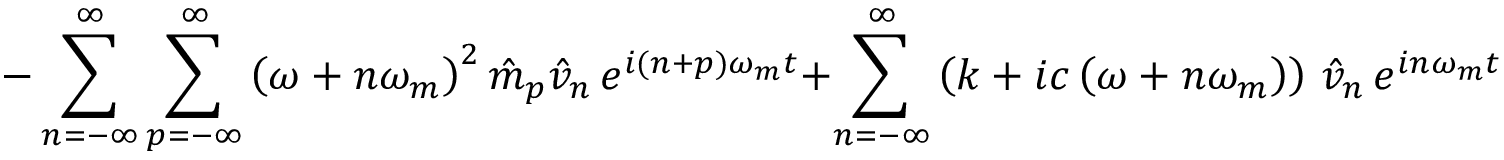
- \sum _ { n = - \infty } ^ { \infty } \sum _ { p = - \infty } ^ { \infty } \left( \omega + n \omega _ { m } \right) ^ { 2 } \hat { m } _ { p } \hat { v } _ { n } \, e ^ { i ( n + p ) \omega _ { m } t } + \sum _ { n = - \infty } ^ { \infty } \left( k + i c \left( \omega + n \omega _ { m } \right) \right) \, \hat { v } _ { n } \, e ^ { i n \omega _ { m } t } = 0 .